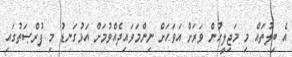
އެ ބިލުތައް މި މަޖިލީހުން ވަރަށް އަވަހަށް ނިންމަވައިދެއްވުމަށް އަޅުގަނޑު މި ފުރްޞަތުގައި